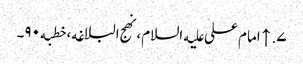
۷. ↑ امام علی علیه‌السلام، نهج البلاغه، خطبه۹۰۔